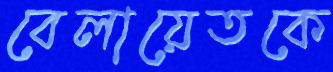
বেলায়েতকে